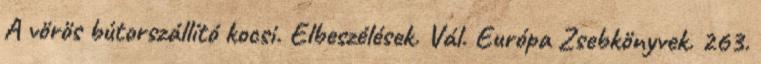
A vörös bútorszállító kocsi. Elbeszélések. Vál. Európa Zsebkönyvek. 263.